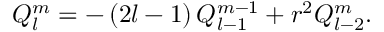
Q _ { l } ^ { m } = - \, ( 2 l - 1 ) \, Q _ { l - 1 } ^ { m - 1 } + r ^ { 2 } Q _ { l - 2 } ^ { m } .